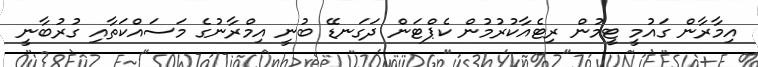
އިމާރާން ގައުމީ ޓީމުން ރިޓެއާކުރުމުން ކެޕްޓަން ދަގަނޑޭ ބުނީ އިމްރާނުގެ މަސައްކަތާއި ގުރުބާނީ